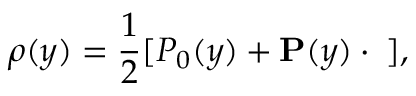
\rho ( y ) = { \frac { 1 } { 2 } } [ P _ { 0 } ( y ) + { \bf P } ( y ) \cdot { \bf \sigma } ] ,